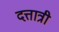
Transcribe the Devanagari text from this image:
दत्तात्री